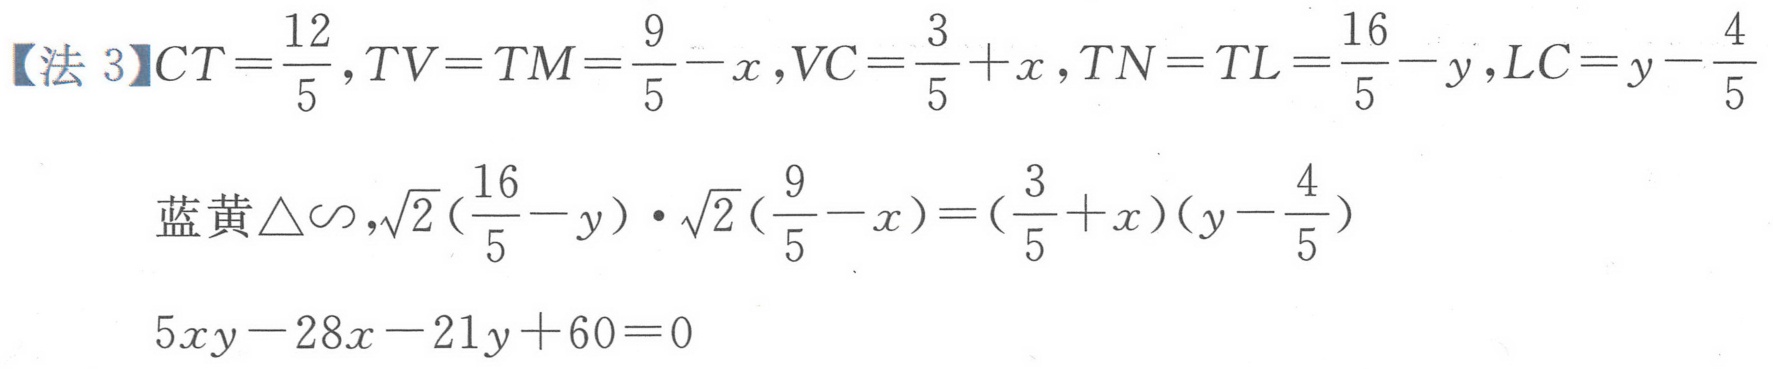
【法3】\(CT=\frac{12}{5},TV = TM=\frac{9}{5}-x,VC=\frac{3}{5}+x,TN = TL=\frac{16}{5}-y,LC=y - \frac{4}{5}\)
蓝黄\(\triangle\sim,\sqrt{2}(\frac{16}{5}-y)\cdot\sqrt{2}(\frac{9}{5}-x)=(\frac{3}{5}+x)(y - \frac{4}{5})\)
\(5xy-28x - 21y + 60 = 0\)